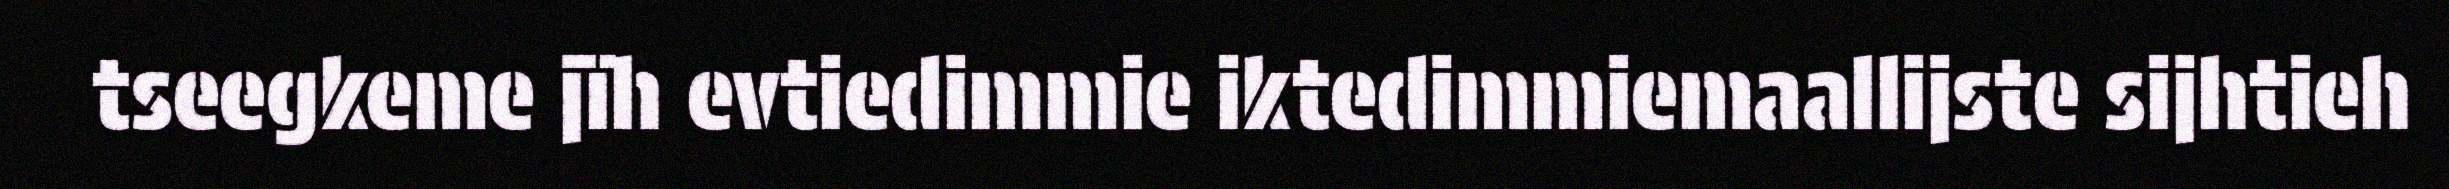
tseegkeme jïh evtiedimmie iktedimmiemaallijste sijhtieh